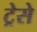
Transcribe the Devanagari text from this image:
ट्रेसे